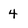
Character: 4